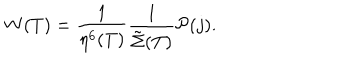
W ( T ) = \frac { 1 } { \eta ^ { 6 } ( T ) } \frac { 1 } { { \tilde { \Sigma } } ( T ) } { \cal P } ( j ) .